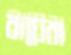
বাঘেরা